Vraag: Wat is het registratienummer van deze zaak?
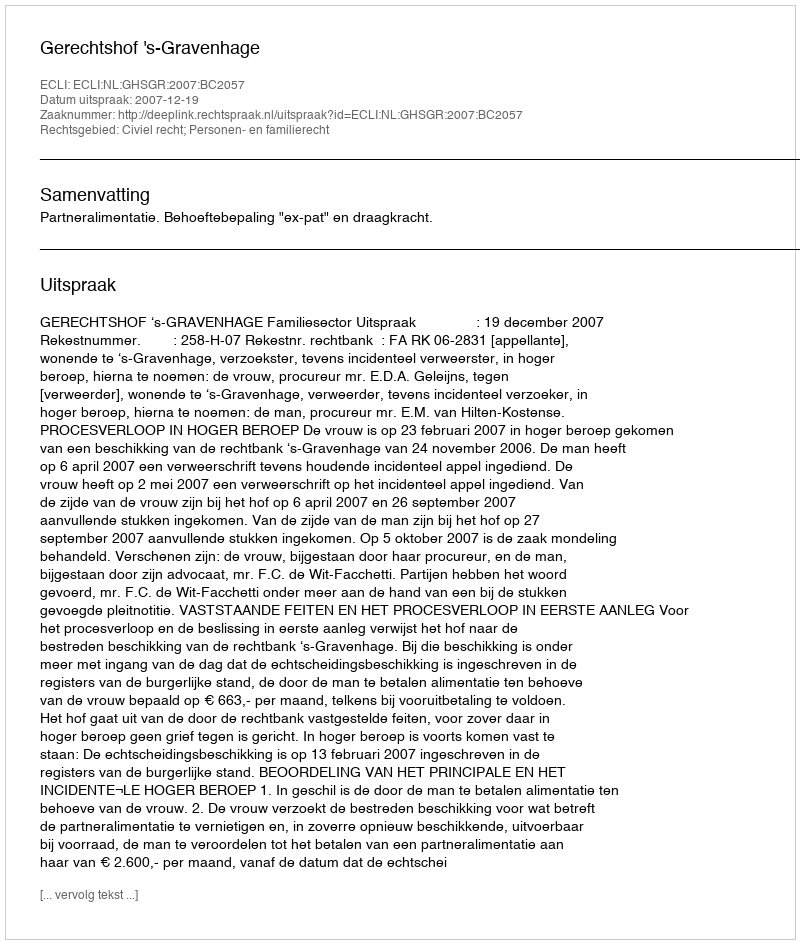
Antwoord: http://deeplink.rechtspraak.nl/uitspraak?id=ECLI:NL:GHSGR:2007:BC2057